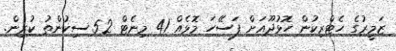
ޒަމީރުގެ ހެޓްރިކުން ހޮޅުދޫއަށް ފަސޭހަ މޮޅެއް 41 މިނެޓް 52 ސިކުންތު ކުރިން.